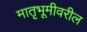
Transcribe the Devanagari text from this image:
मातृभूमीवरील